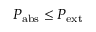
P _ { \mathrm { a b s } } \leq P _ { \mathrm { e x t } }